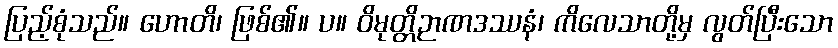
ပြည့်စုံသည်။ ဟောတိ၊ ဖြစ်၏။ ပ။ ဝိမုတ္တိဉာဏဒဿနံ၊ ကိလေသာတို့မှ လွတ်ပြီးသော